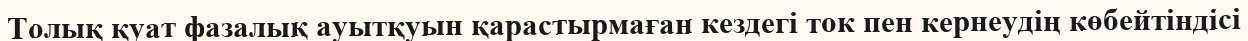
Толық қуат фазалық ауытқуын қарастырмаған кездегі ток пен кернеудің көбейтіндісі